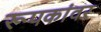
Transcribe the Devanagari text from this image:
रूपकांवर